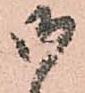
御